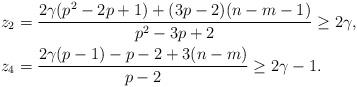
LaTeX: \begin{align*}z_2 &= \frac{2 \gamma (p^2 - 2p + 1) + (3p - 2)(n - m - 1)}{p^2 - 3p + 2} \geq 2 \gamma, \\z_4 &= \frac{2 \gamma (p - 1) - p - 2 + 3(n - m)}{p-2} \geq 2 \gamma - 1.\end{align*}